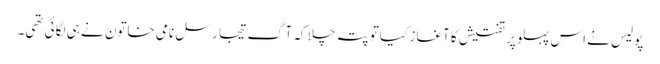
پولیس نے اس پہلو پر تفتیش کا آغاز کیا تو پتہ چلا کہ آگ تیجا رسل نامی خاتون نے ہی لگائی تھی۔